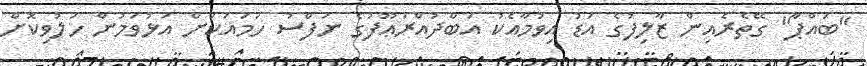
"ބައްޕާ" ގޭތެރެއިން ޒާލިފުގެ އަޑު އިވުމާއެކު އަބްދުއްރަޢޫފުގެ ނަފްސު ހަމައަކަށް އަޅުވަމުން ހަލުވިކޮށް